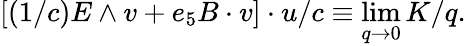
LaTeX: \left[(1/c)E\wedge v+e_{5}B\cdot v\right]\cdot u/c\equiv\operatorname*{lim}_{q\rightarrow 0}K/q.